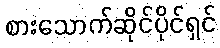
စားသောက်ဆိုင်ပိုင်ရှင်